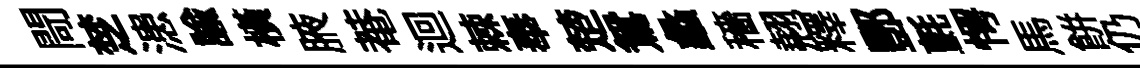
閜椘漶諭横腋菴迴棘奉楚鴛蠡穡翹釋酆氈愕馬餅仍